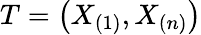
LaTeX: T=\left(X_{(1)},X_{(n)}\right)